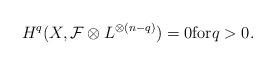
LaTeX: \begin{align*} H^q(X,\mathcal{F}\otimes L^{\otimes(n-q)})=0 \mathrm{for} q>0. \end{align*}